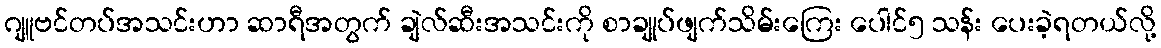
ဂျူဗင်တပ်အသင်းဟာ ဆာရီအတွက် ချဲလ်ဆီးအသင်းကို စာချုပ်ဖျက်သိမ်းကြေး ပေါင်၅ သန်း ပေးခဲ့ရတယ်လို့